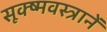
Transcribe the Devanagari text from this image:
सूक्ष्मवस्त्रानें